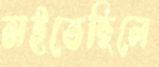
সইতেছিলে